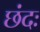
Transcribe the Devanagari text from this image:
छंदः